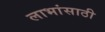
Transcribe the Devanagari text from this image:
लाभांसाठी